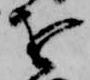
を